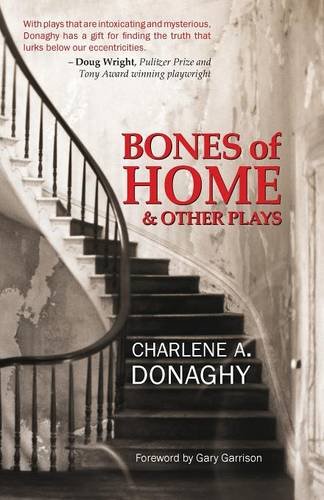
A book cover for Bones of Home and Other Plays; Charlene A. Donaghy; Literature & Fiction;